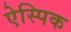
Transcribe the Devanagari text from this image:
ऐस्पिक